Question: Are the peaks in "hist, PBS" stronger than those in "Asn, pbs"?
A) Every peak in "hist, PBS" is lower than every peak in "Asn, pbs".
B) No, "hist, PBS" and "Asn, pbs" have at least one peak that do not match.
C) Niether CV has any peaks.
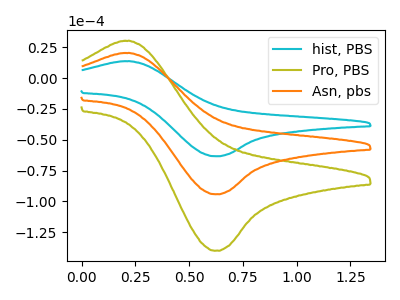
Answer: <think>The cyan curve "hist, PBS" has an anodic peak at (0.20V, 13.70uA) and a cathodic peak at (0.60V, -63.40uA). The olive curve "Pro, PBS" has an anodic peak at (0.20V, 40.70uA) and a cathodic peak at (0.60V, -188.40uA). The orange curve "Asn, pbs" has an anodic peak at (0.20V, 20.35uA) and a cathodic peak at (0.60V, -94.20uA).</think>
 <answer>A) Every peak in "hist, PBS" is lower than every peak in "Asn, pbs".</answer>
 <eval>A</eval>